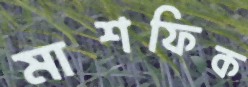
মাশফিক